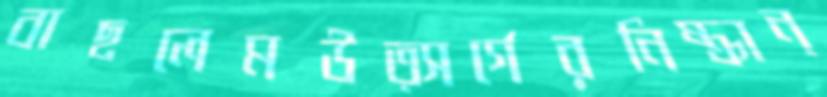
বাছলেমউত্সর্গেরনিষ্ক্রান্